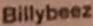
Billybeez